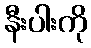
နီးပါးကို